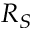
R _ { S }